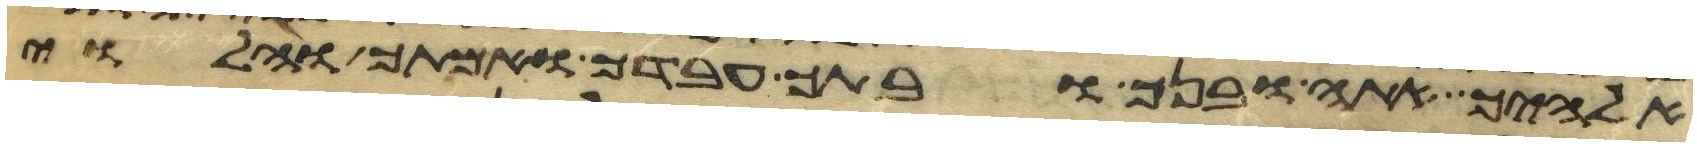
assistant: אלהיך אתה ובנך ובתך עבדך ואמתך והלוי